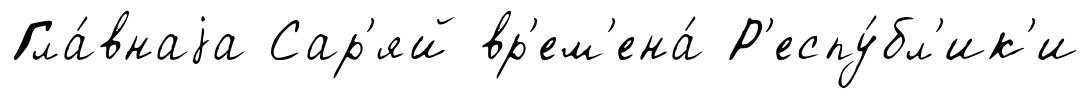
Гла́внаjа Сар'яй вр'ем'ена́ Р'еспу́бл'ик'и